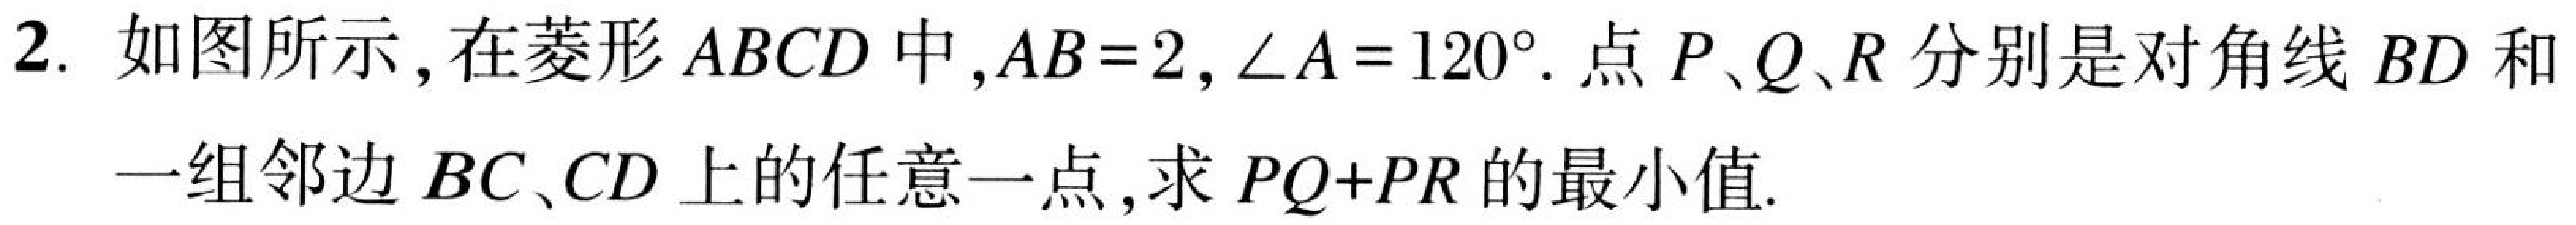
2. 如图所示，在菱形\(ABCD\)中，\(AB = 2\)，\(\angle A = 120^{\circ}\). 点\(P、Q、R\)分别是对角线\(BD\)和
一组邻边\(BC、CD\)上的任意一点，求\(PQ + PR\)的最小值.